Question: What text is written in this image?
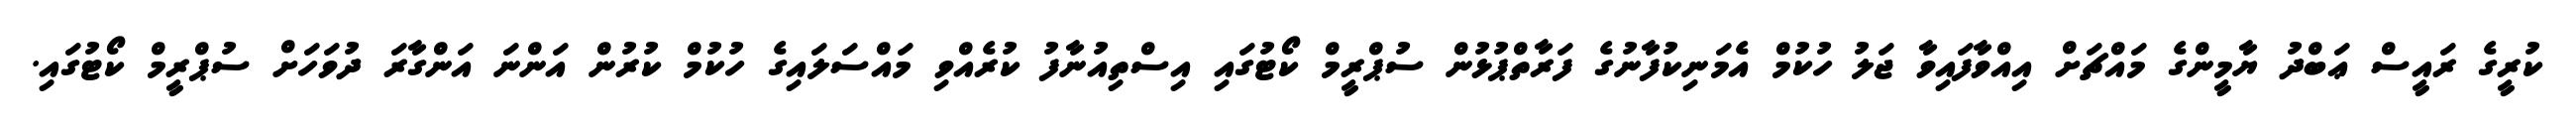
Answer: ކުރީގެ ރައީސް ޢަބްދު ޔާމީންގެ މައްޗަށް އިއްވާފައިވާ ޖަލު ހުކުމް އެމަނިކުފާނުގެ ފަރާތްޕުޅުން ސުޕްރީމް ކޯޓުގައި އިސްތިއުނާފު ކުރެއްވި މައްސަލައިގެ ހުކުމް ކުރުން އަންނަ އަންގާރަ ދުވަހަށް ސުޕްރީމް ކޯޓުގައި.